On the morphology, teratology, and diclinism of the flowers of cannabis - Number 12
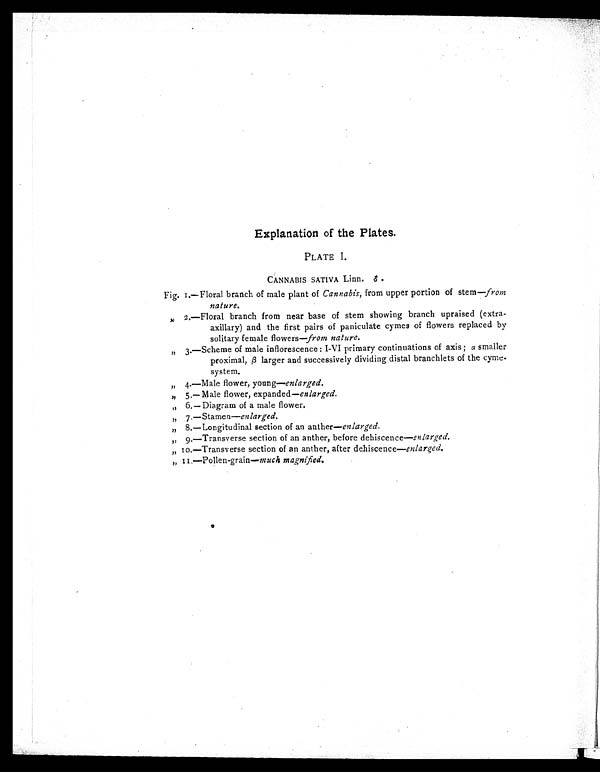
Explanation of the Plates.
PLATE I.
CANNABIS SATIVA Linn. ♂ .
Fig. 1.—Floral branch of male plant of Cannabis, from upper portion of stern—from
nature.
,, 2.—Floral branch from near base of stem showingbranch upraised(extra-
axillary) and the first pairs of paniculate cymes of flowers replaced by
solitary female flowers—from nature.
„ 3.—Scheme of male inflorescence: I -VI primary continuations of axis ; α smaller
proximal, β larger and successively dividing distal branchlets of the cyme-
system.
„ 4.—Male flower, young— enlarged.
„ 5.—Male flower, expanded— enlarged.
„ 6.—Diagram of a male flower.
„ 7.—Stamen—enlarged.
„ 8.—Longitudinal section of an anther— enlarged.
„ 9.—Transverse section of an anther, before dehiscence—enlarged.
„
10.—Transverse section of an anther, after dehiscence— enlarged.
„
11.—Pollen-grain— much magnified.